画像に写った文字を読んでください
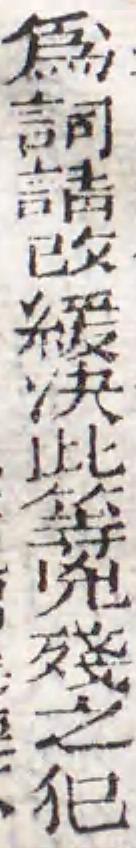
「爲詞請攺緩决此等兇殘之犯」と書いてあります